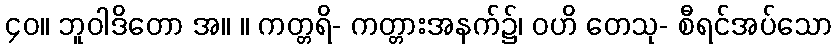
၄၀။ ဘူဝါဒိတော အ။ ။ ကတ္တရိ- ကတ္တားအနက်၌၊ ဝဟိ တေသု- စီရင်အပ်သော